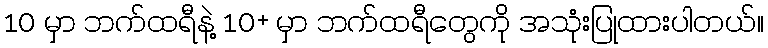
10 မှာ ဘက်ထရီနဲ့ 10+ မှာ ဘက်ထရီတွေကို အသုံးပြုထားပါတယ်။